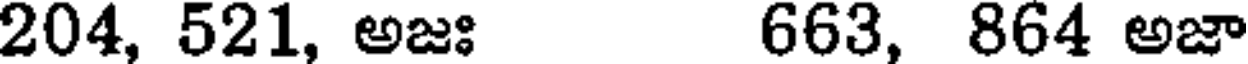
204, 521, అజః 663, 864 అజా